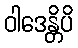
ဝါဒေန္တိပိ